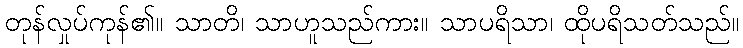
တုန်လှုပ်ကုန်၏။ သာတိ၊ သာဟူသည်ကား။ သာပရိသာ၊ ထိုပရိသတ်သည်။